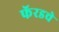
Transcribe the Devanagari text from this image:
फॅरडचे